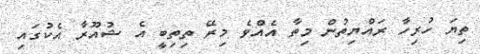
ތިޔަ ހުރިހާ ރައްޔިތުން މިތާ އެއްވެ މިރޭ ތިތިބީ އެ ޝުއޫރާ އެކުގައި